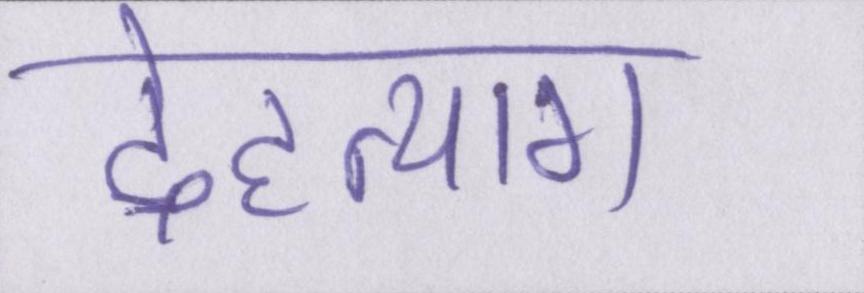
देहत्याग